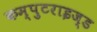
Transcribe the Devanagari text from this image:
कम्पुटराइज्ड